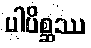
ပါပိစ္ဆဿ